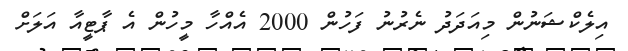
އިލެކްޝަނުން މިއަދަދު ނެރުނު ފަހުން 2000 އެއްހާ މީހުން އެ ޕާޓީއާ އަލަށް